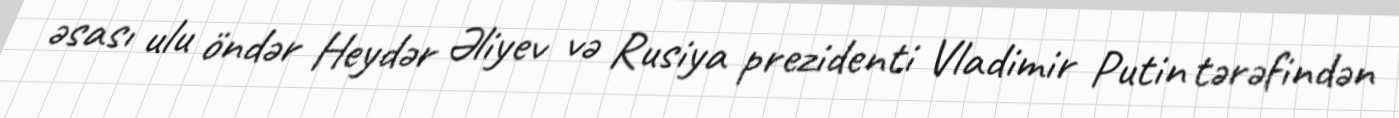
əsası ulu öndər Heydər Əliyev və Rusiya prezidenti Vladimir Putin tərəfindən